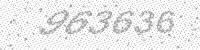
Solution: 963636